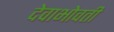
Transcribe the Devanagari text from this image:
देवाभोवती